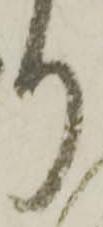
り